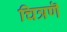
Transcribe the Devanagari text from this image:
चित्रणॆ